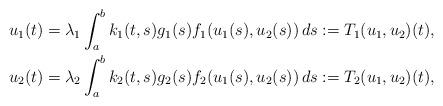
LaTeX: \begin{align*}\begin{aligned}u_1(t)=\lambda_1 \int_{a}^{b}k_1(t,s)g_1(s)f_1(u_1(s),u_2(s))\,ds:=T_1(u_1,u_2)(t), \\u_2(t)= \lambda_2 \int_{a}^{b}k_2(t,s)g_2(s)f_2(u_1(s),u_2(s))\,ds:=T_2(u_1,u_2)(t),\end{aligned}\end{align*}